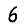
Digit: 6